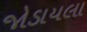
જોડાયલા